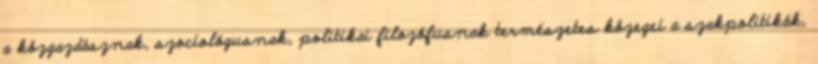
a közgazdásznak, szociológusnak, politikai filozófusnak természetes közegei a szakpolitikák,